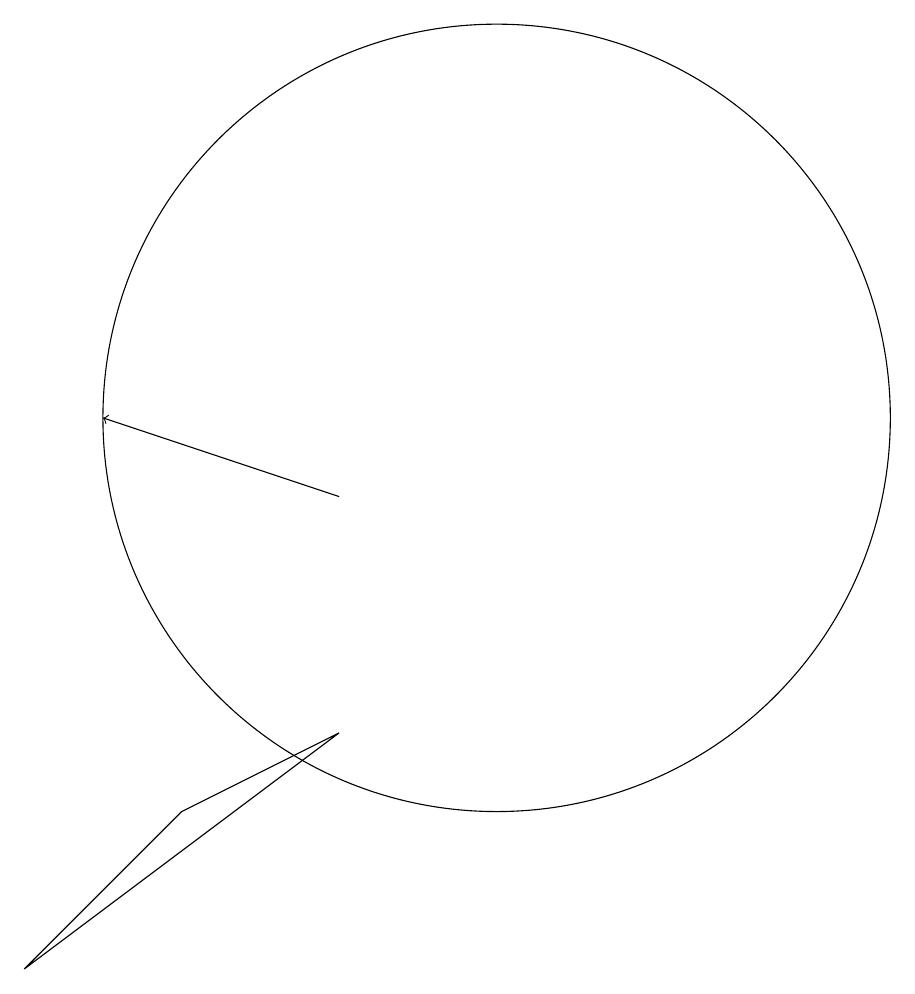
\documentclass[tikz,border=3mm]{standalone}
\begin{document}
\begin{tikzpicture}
\draw (11,11) circle (5);
\draw (9,7) -- (5,4) -- (7,6) -- cycle;
\draw[->] (9,10) -- (6,11);
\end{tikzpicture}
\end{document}